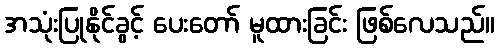
အသုံးပြုနိုင်ခွင့် ပေးတော် မူထားခြင်း ဖြစ်လေသည်။